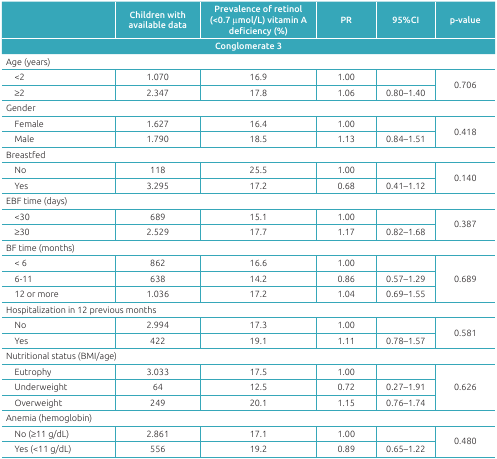
<table><thead><tr><td></td><td><b>Children with available data</b></td><td><b>Prevalence of retinol (&lt;0.7 μmol/L) vitamin Adeficiency (%) </b></td><td><b>PR</b></td><td><b>95%CI</b></td><td><b>p-value</b></td></tr><tr><td colspan="6"><b>Conglomerate 3 </b></td></tr></thead><tbody><tr><td colspan="6">Age (years) </td></tr><tr><td>&lt;2</td><td>1.070</td><td>16.9</td><td>1.00</td><td></td><td rowspan="2">0.706</td></tr><tr><td>≥2</td><td>2.347</td><td>17.8</td><td>1.06</td><td>0.80-1.40</td></tr><tr><td colspan="6">Gender </td></tr><tr><td>Female</td><td>1.627</td><td>16.4</td><td>1.00</td><td></td><td rowspan="2">0.418</td></tr><tr><td>Male</td><td>1.790</td><td>18.5</td><td>1.13</td><td>0.84-1.51</td></tr><tr><td colspan="6">Breastfed </td></tr><tr><td>No</td><td>118</td><td>25.5</td><td>1.00</td><td></td><td rowspan="2">0.140</td></tr><tr><td>Yes</td><td>3.295</td><td>17.2</td><td>0.68</td><td>0.41-1.12</td></tr><tr><td colspan="6">EBF time (days) </td></tr><tr><td>&lt;30</td><td>689</td><td>15.1</td><td>1.00</td><td></td><td rowspan="2">0.387</td></tr><tr><td>≥30</td><td>2.529</td><td>17.7</td><td>1.17</td><td>0.82-1.68</td></tr><tr><td colspan="6">BF time (months) </td></tr><tr><td>&lt; 6</td><td>862</td><td>16.6</td><td>1.00</td><td></td><td rowspan="3">0.689</td></tr><tr><td>6-11</td><td>638</td><td>14.2</td><td>0.86</td><td>0.57-1.29</td></tr><tr><td>12 or more</td><td>1.036</td><td>17.2</td><td>1.04</td><td>0.69-1.55</td></tr><tr><td colspan="6">Hospitalization in 12 previous months</td></tr><tr><td>No</td><td>2.994</td><td>17.3</td><td>1.00</td><td></td><td rowspan="2">0.581</td></tr><tr><td>Yes</td><td>422</td><td>19.1</td><td>1.11</td><td>0.78-1.57</td></tr><tr><td colspan="6">Nutritional status (BMI/age) </td></tr><tr><td>Eutrophy</td><td>3.033</td><td>17.5</td><td>1.00</td><td></td><td rowspan="3">0.626</td></tr><tr><td>Underweight</td><td>64</td><td>12.5</td><td>0.72</td><td>0.27-1.91</td></tr><tr><td>Overweight</td><td>249</td><td>20.1</td><td>1.15</td><td>0.76-1.74</td></tr><tr><td colspan="6">Anemia (hemoglobin) </td></tr><tr><td>No (≥11 g/dL)</td><td>2.861</td><td>17.1</td><td>1.00</td><td></td><td rowspan="2">0.480</td></tr><tr><td>Yes (&lt;11 g/dL)</td><td>556</td><td>19.2</td><td>0.89 </td><td>0.65-1.22</td></tr></tbody></table>